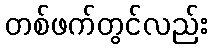
တစ်ဖက်တွင်လည်း